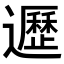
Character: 𨘸